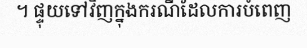
។ ផ្ទុយទៅវិញក្នុងករណីដែលការបំពេញ